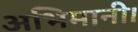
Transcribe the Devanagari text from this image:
अभिमानी।